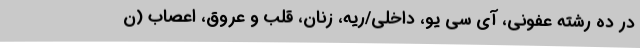
در ده رشته عفونی، آی سی یو، داخلی/ریه، زنان، قلب و عروق، اعصاب (ن